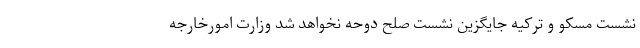
نشست مسکو و ترکیه جایگزین نشست صلح دوحه نخواهد شد وزارت امورخارجه